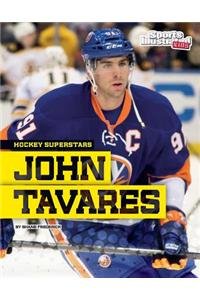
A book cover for John Tavares (Hockey Superstars); Shane Frederick; Children's Books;